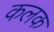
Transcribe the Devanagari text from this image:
कलक